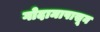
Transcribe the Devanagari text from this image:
गोदामापासून